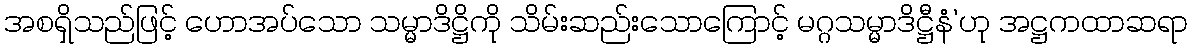
အစရှိသည်ဖြင့် ဟောအပ်သော သမ္မာဒိဋ္ဌိကို သိမ်းဆည်းသောကြောင့် မဂ္ဂသမ္မာဒိဋ္ဌီနံ’ဟု အဋ္ဌကထာဆရာ